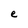
Character: e